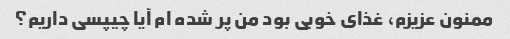
ممنون عزیزم، غذای خوبی بود من پر شده ام آیا چیپسی داریم؟